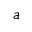
a